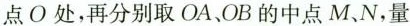
点O处，再分别取OA、OB的中点M、N，量